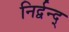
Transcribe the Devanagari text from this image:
निर्द्वन्द्